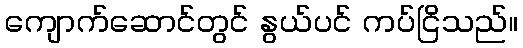
ကျောက်ဆောင်တွင် နွယ်ပင် ကပ်ငြိသည်။